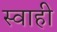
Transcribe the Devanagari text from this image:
स्वाही